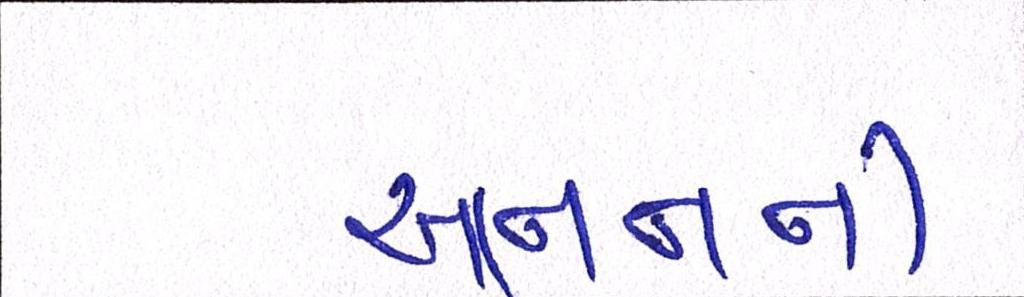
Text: આનનની